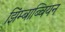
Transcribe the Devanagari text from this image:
झिंम्बाब्वियन